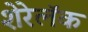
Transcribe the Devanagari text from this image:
शेरेलॅक